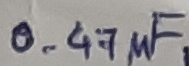
Text: 0.47µF